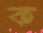
ক